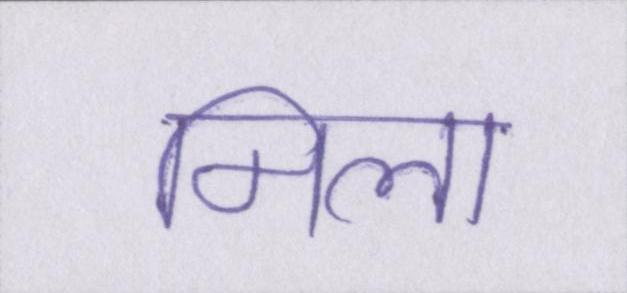
मिला